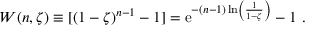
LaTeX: W ( n , \zeta ) \equiv [ ( 1 - \zeta ) ^ { n - 1 } - 1 ] = \mathrm { e } ^ { - ( n - 1 ) \ln \left( { \frac { 1 } { 1 - \zeta } } \right) } - 1 \ .